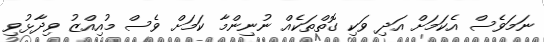
ނަމަވެސް އެކަމަށް އަދި ވަކި ގޮތްތަކެއް ނުނިންމާ ކަމަށް ވެސް މުއިއްޒު ވިދާޅުވި